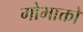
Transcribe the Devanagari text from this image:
गोभाक्तों